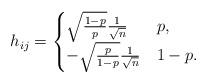
LaTeX: \begin{align*} h_{ij}=\begin{cases}\sqrt{\frac{1-p}{p}}\frac{1}{\sqrt{n}} & p,\\-\sqrt{\frac{p}{1-p}}\frac{1}{\sqrt{n}} & 1-p.\end{cases}\end{align*}